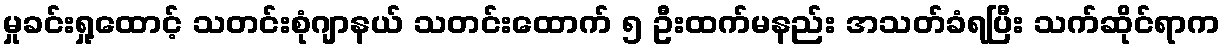
မှုခင်းရှု့ထောင့် သတင်းစုံဂျာနယ် သတင်းထောက် ၅ ဦးထက်မနည်း အသတ်ခံရပြီး သက်ဆိုင်ရာက